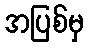
အပြစ်မှ